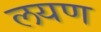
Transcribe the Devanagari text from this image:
लयण